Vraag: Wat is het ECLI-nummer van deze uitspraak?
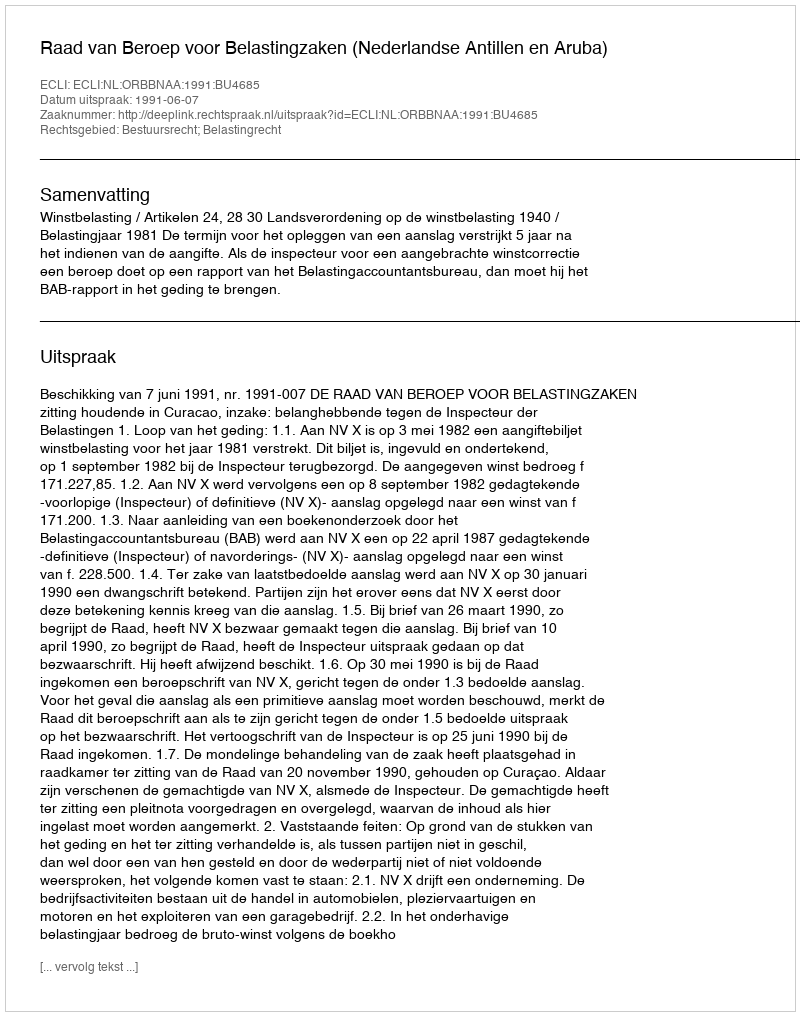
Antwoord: ECLI:NL:ORBBNAA:1991:BU4685